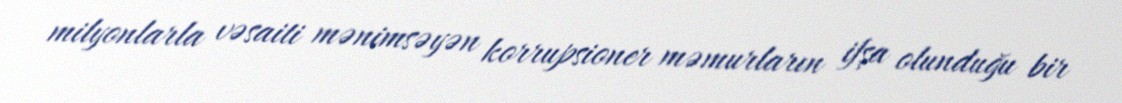
milyonlarla vəsaiti mənimsəyən korrupsioner məmurların ifşa olunduğu bir